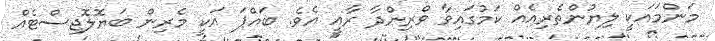
މަންމައަކީ ލިޔުންތެރިއެއް ކަމުގައިވާ ވްރިންދާ ރާއީ އެވެ. ބައްޕަ އަކީ މެރިން ބަޔޮލޮޖިސްޓެއް